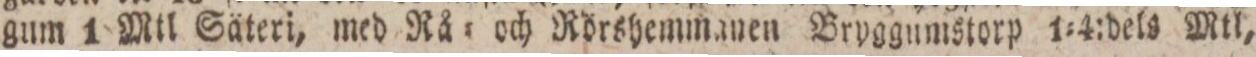
gum 1 Mil Säteri, med Rå= och Rörshemmanen Bryggumstorp 1=4:dels Mtl,